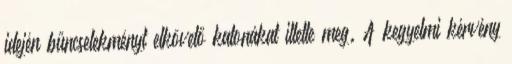
idején bűncselekményt elkövető katonákat illette meg. A kegyelmi kérvény